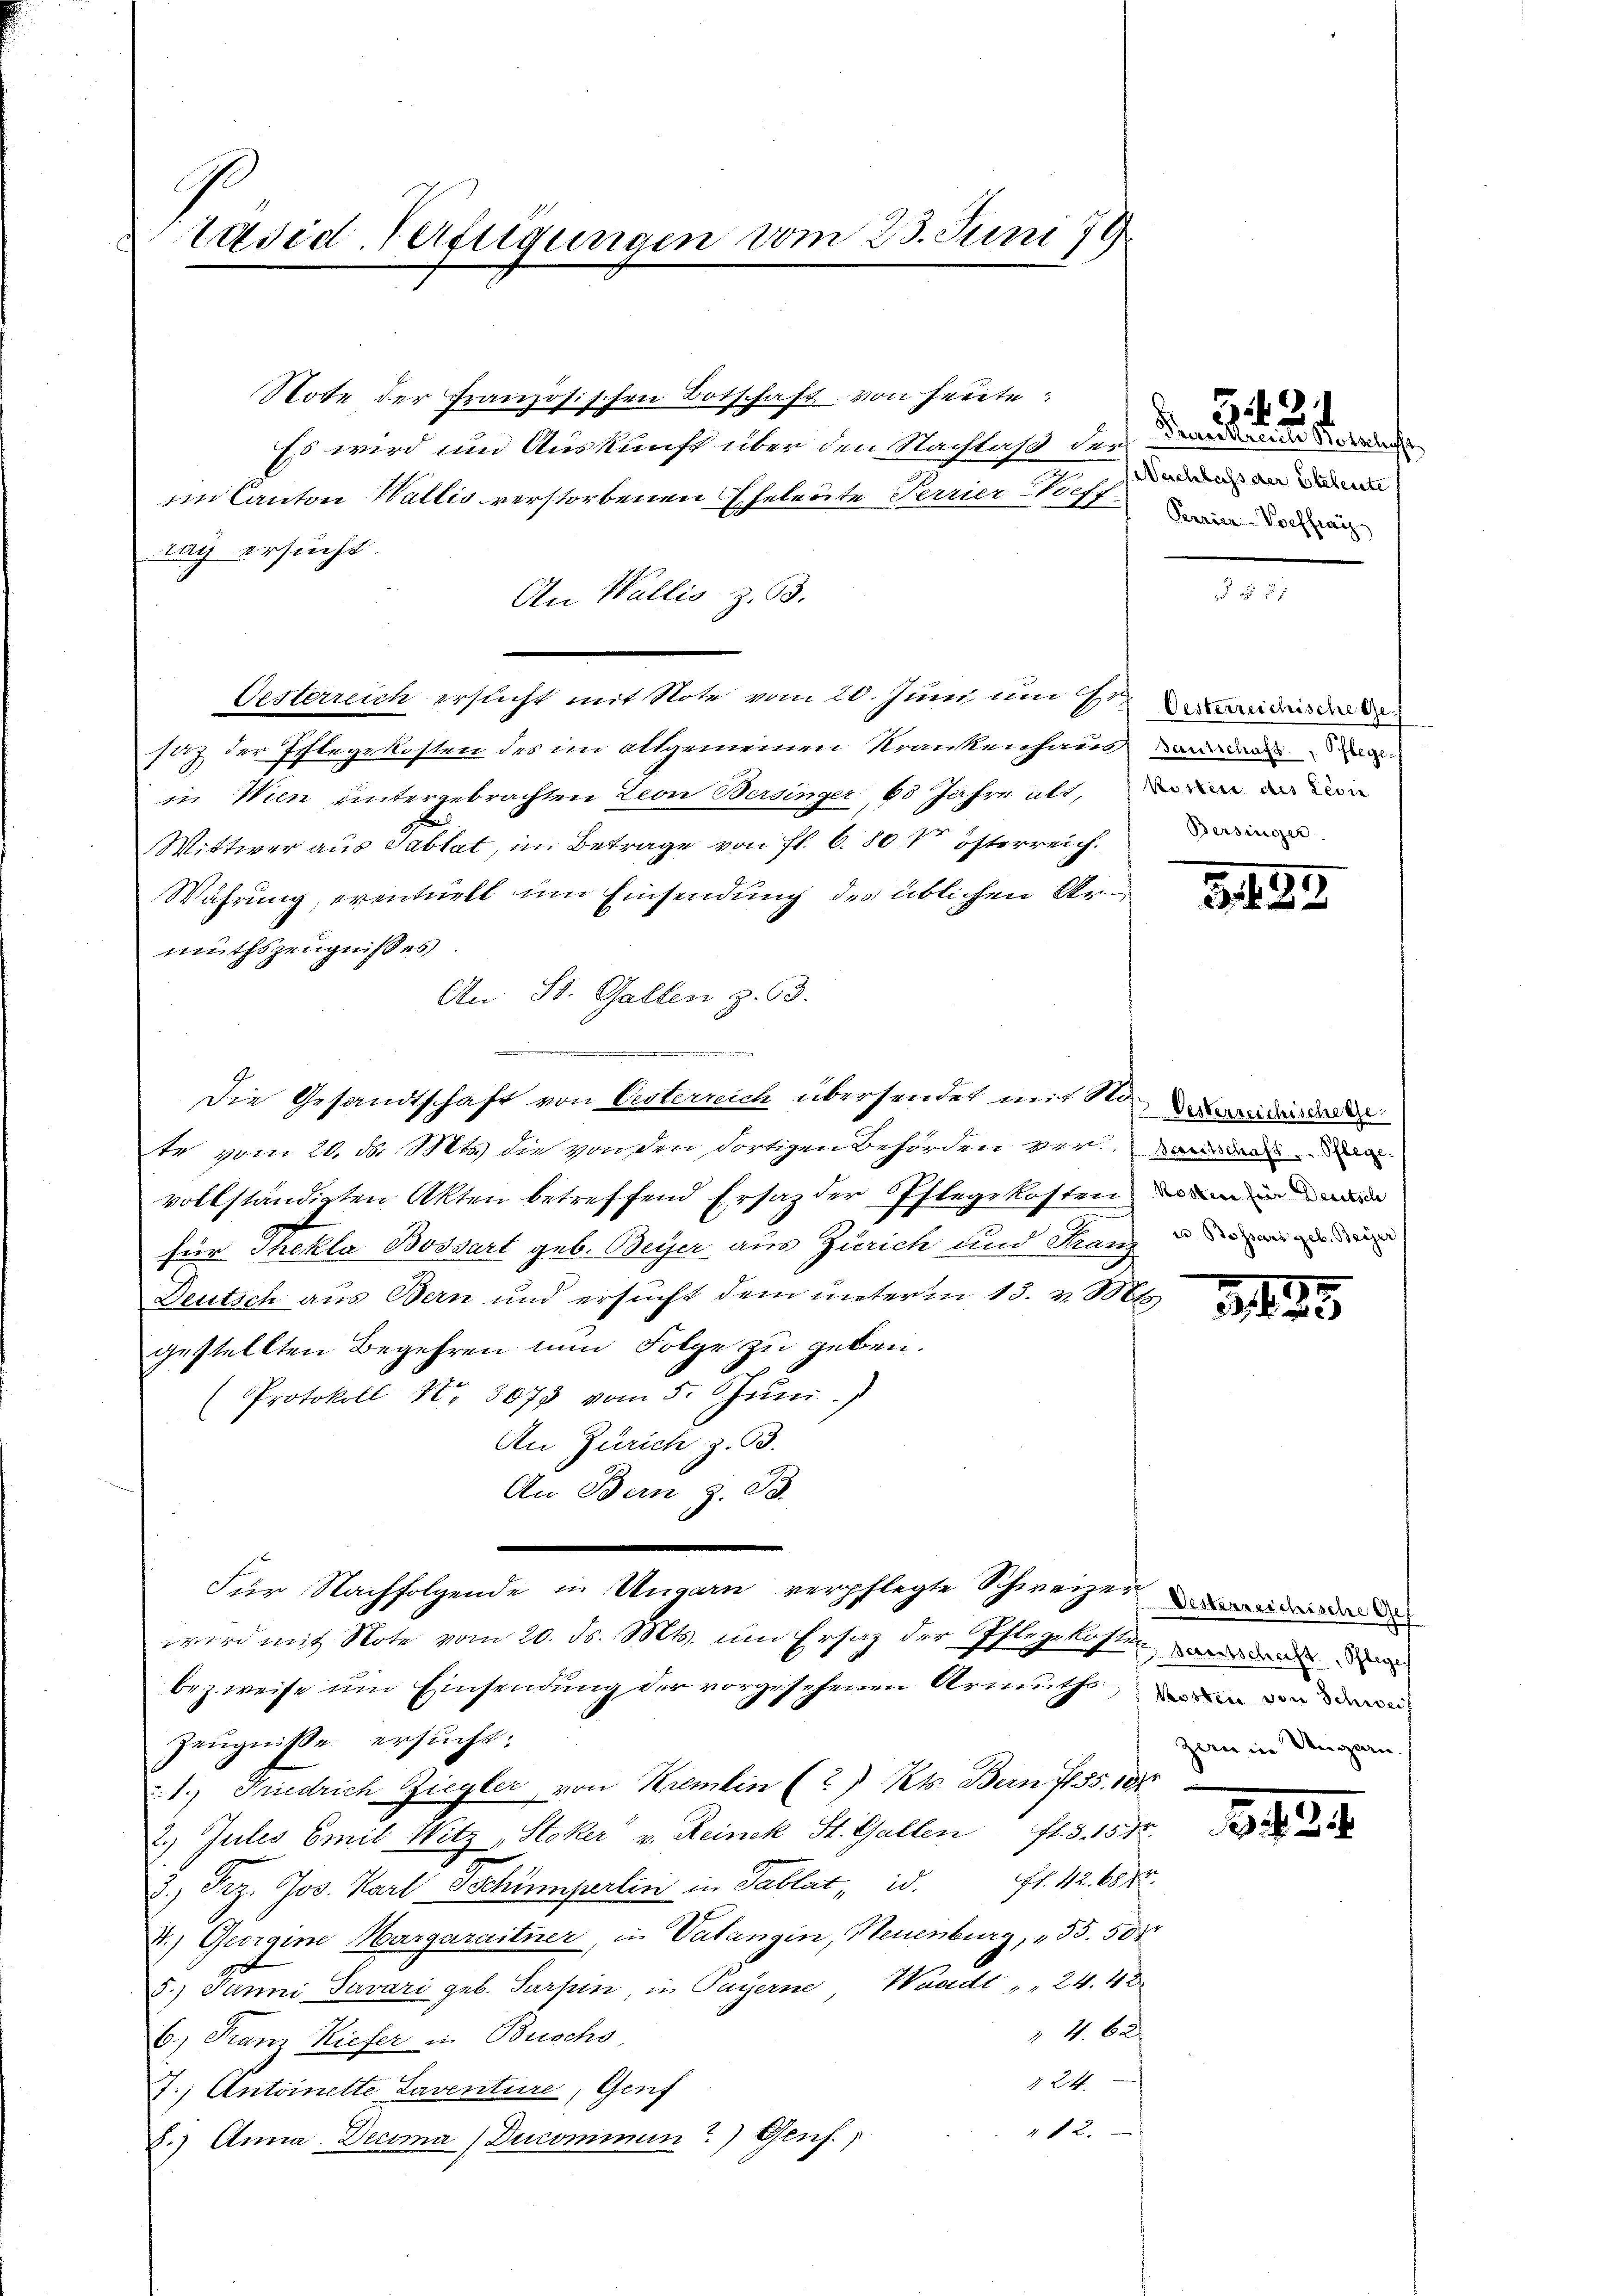
räsid. Verfügungen vom 23. Juni 179

Note der Französischen Botschaft von heute
Es wird um Auskunft über den Nachlaß der
im Canton Wallis verstorbenen Eheleute Terrier Beff de
nach ersucht.
An Wallis z. B.
Oesterreich ersucht mit Note vom 20. Juni um 7 de
sich der Schlegekosten des im allgemeinen Krankenhain
in Wien untergebrachten Leon Bersinger 60 Jahre alt, in
Wittwer aus Tablat, im Betrage von fl. 6. 80 S Österreich
Währung, eventuell um Einsendung des üblichen Armüthszeugnisses.
An St. Gallen z. 63.
.

Die Gesandtschaft von Oesterreich übersendet mit Sto, da der
te vom 20. d. Mts. die von den dortigen Behörden vervollständigten Akten betreffend Ersatz der Pflegekosten
für Thekla Bossart geb. Beyer aus Zürich und Franz
Deutsch aus Bern und ersucht dem unterm 13. v. Mts.
gestellten Begehren nun Folge zu geben.
Protokoll Nr. 3073 vom 5. Chŭni.)
An Zürich z. 93.
An Bern z. B.
Für Nachfolgende in Ungarn verpflegte Schweizerin
wird mit Note vom 20. ds. Mts. um Ersatz der Pflegekosten werden
bezweise um Einsendung der vorgesehenen Armuths, in n
Zeugnisse ersucht.
1.) Friedrich Ziegler, von Kremen (2) Kts. Bern fl 35. 104
2.) Zules Emil Witz, Stoker v. Reinek St. Gallen fl. 3. 158.
3.) Prz. Jos. Karl Tschümperlin in Tablat, id. fl. 42. 687.
4.) Georaine Margaraitner, in Vatangin, Neuenburg, " 55. 504
5.) Panni Savari geb. Sarpen in Payerne Waadt " " 24. 42
4 be
6.) Franz Kiefer in Brischo
§ 24.
J.) Antoinette Laventure, Genf
212.
8.) Anna. Decoma (Ducommnun?) Genf.

Gif. 2
Dembrister Betelese
Nachlass der Eheleute

3. 133.

1.
2 x 2

zern in Ungarn.

2134